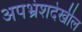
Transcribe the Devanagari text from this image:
अपभ्रंशदेखील